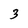
Character: 3